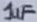
Text: 1uF